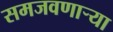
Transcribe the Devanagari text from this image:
समजवणाऱ्या